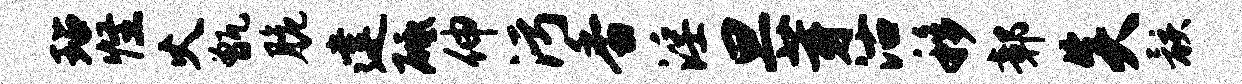
玷怪火甑脆建砥伸污香淫旦芽沽移鄣炎骸